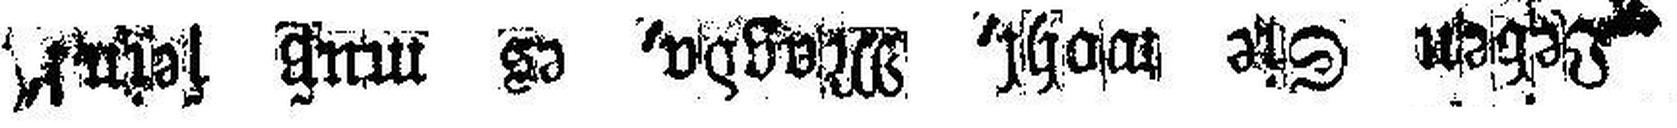
Leben Sie wohl, Magda, es muß sein!“